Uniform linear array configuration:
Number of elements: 32
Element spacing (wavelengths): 1
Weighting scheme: hann
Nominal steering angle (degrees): -60
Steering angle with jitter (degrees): -59.75
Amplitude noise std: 0.05
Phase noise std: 0.05

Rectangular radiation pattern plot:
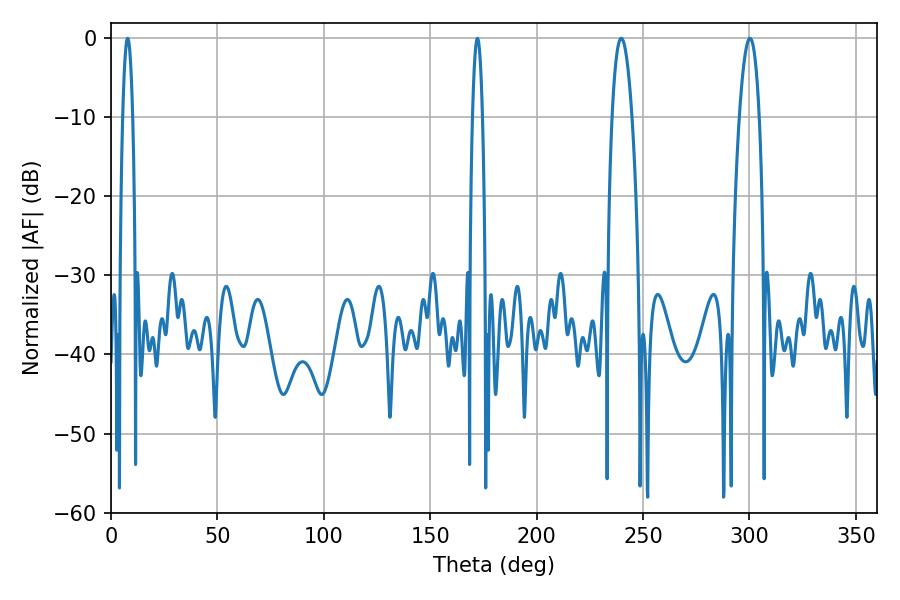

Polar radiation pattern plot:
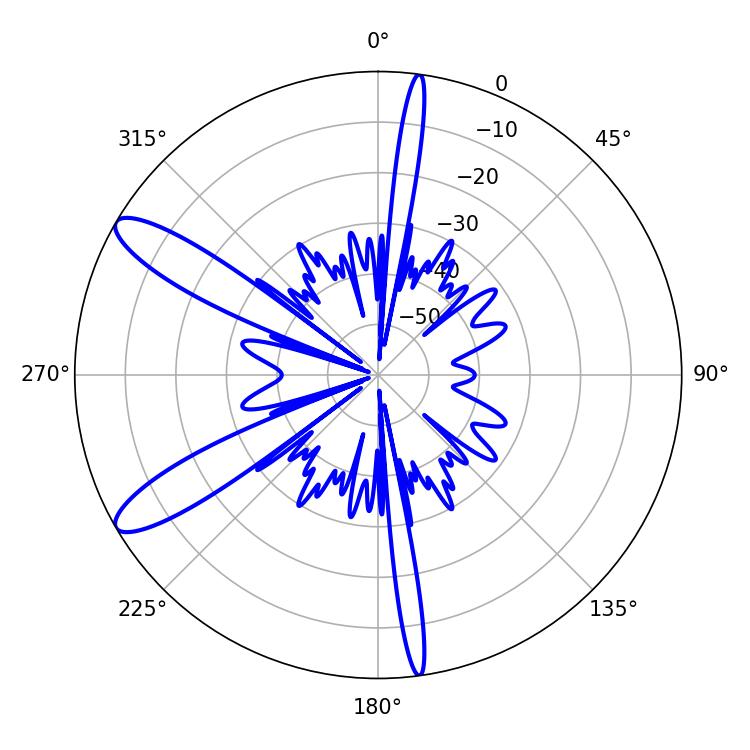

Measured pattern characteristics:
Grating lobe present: TRUE
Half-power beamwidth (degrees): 5.22
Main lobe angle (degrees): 239.76